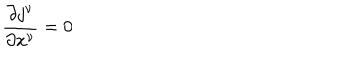
\frac { \partial j ^ { \nu } } { \partial x ^ { \nu } } = 0